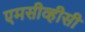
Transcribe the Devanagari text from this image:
एमसीव्हीसी